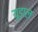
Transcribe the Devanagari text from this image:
यूडाल